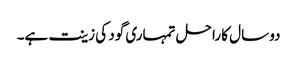
دو سال کا راحل تمہاری گود کی زینت ہے۔